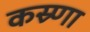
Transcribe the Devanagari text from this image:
कस्र्णा